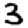
Digit: 3